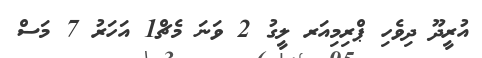
އުރީދޫ ދިވެހި ޕްރިމިއަރ ލީގު 2 ވަނަ މެޗް1 އަހަރު 7 މަސް